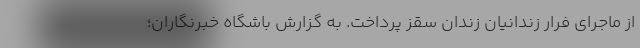
از ماجرای فرار زندانیان زندان سقز پرداخت. به گزارش باشگاه خبرنگاران؛